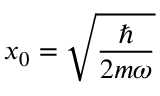
x _ { 0 } = { \sqrt { \frac { \hbar } { 2 m \omega } } }